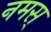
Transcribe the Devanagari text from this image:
नमस्